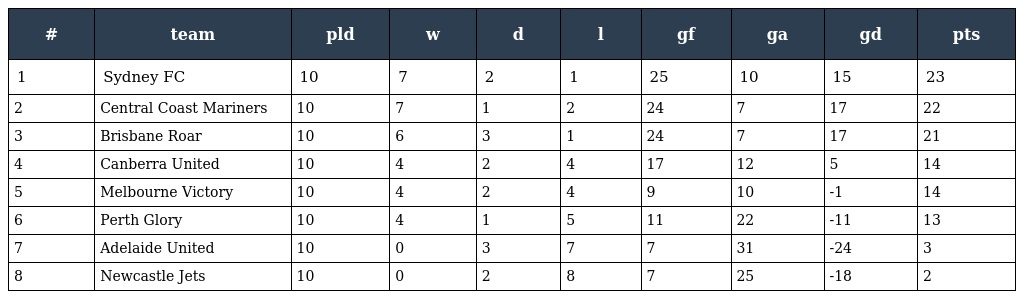
| # | team | pld | w | d | l | gf | ga | gd | pts |
 | --- | --- | --- | --- | --- | --- | --- | --- | --- | --- |
 | 1 | Sydney FC | 10 | 7 | 2 | 1 | 25 | 10 | 15 | 23 |
 | 2 | Central Coast Mariners | 10 | 7 | 1 | 2 | 24 | 7 | 17 | 22 |
 | 3 | Brisbane Roar | 10 | 6 | 3 | 1 | 24 | 7 | 17 | 21 |
 | 4 | Canberra United | 10 | 4 | 2 | 4 | 17 | 12 | 5 | 14 |
 | 5 | Melbourne Victory | 10 | 4 | 2 | 4 | 9 | 10 | -1 | 14 |
 | 6 | Perth Glory | 10 | 4 | 1 | 5 | 11 | 22 | -11 | 13 |
 | 7 | Adelaide United | 10 | 0 | 3 | 7 | 7 | 31 | -24 | 3 |
 | 8 | Newcastle Jets | 10 | 0 | 2 | 8 | 7 | 25 | -18 | 2 |